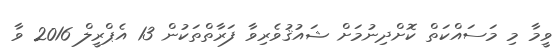
ވީމާ މި މަސައްކަތް ކޮށްދިނުމަށް ޝައުޤުވެރިވާ ފަރާތްތަކުން 13 އެޕްރީލް 2016 ވާ